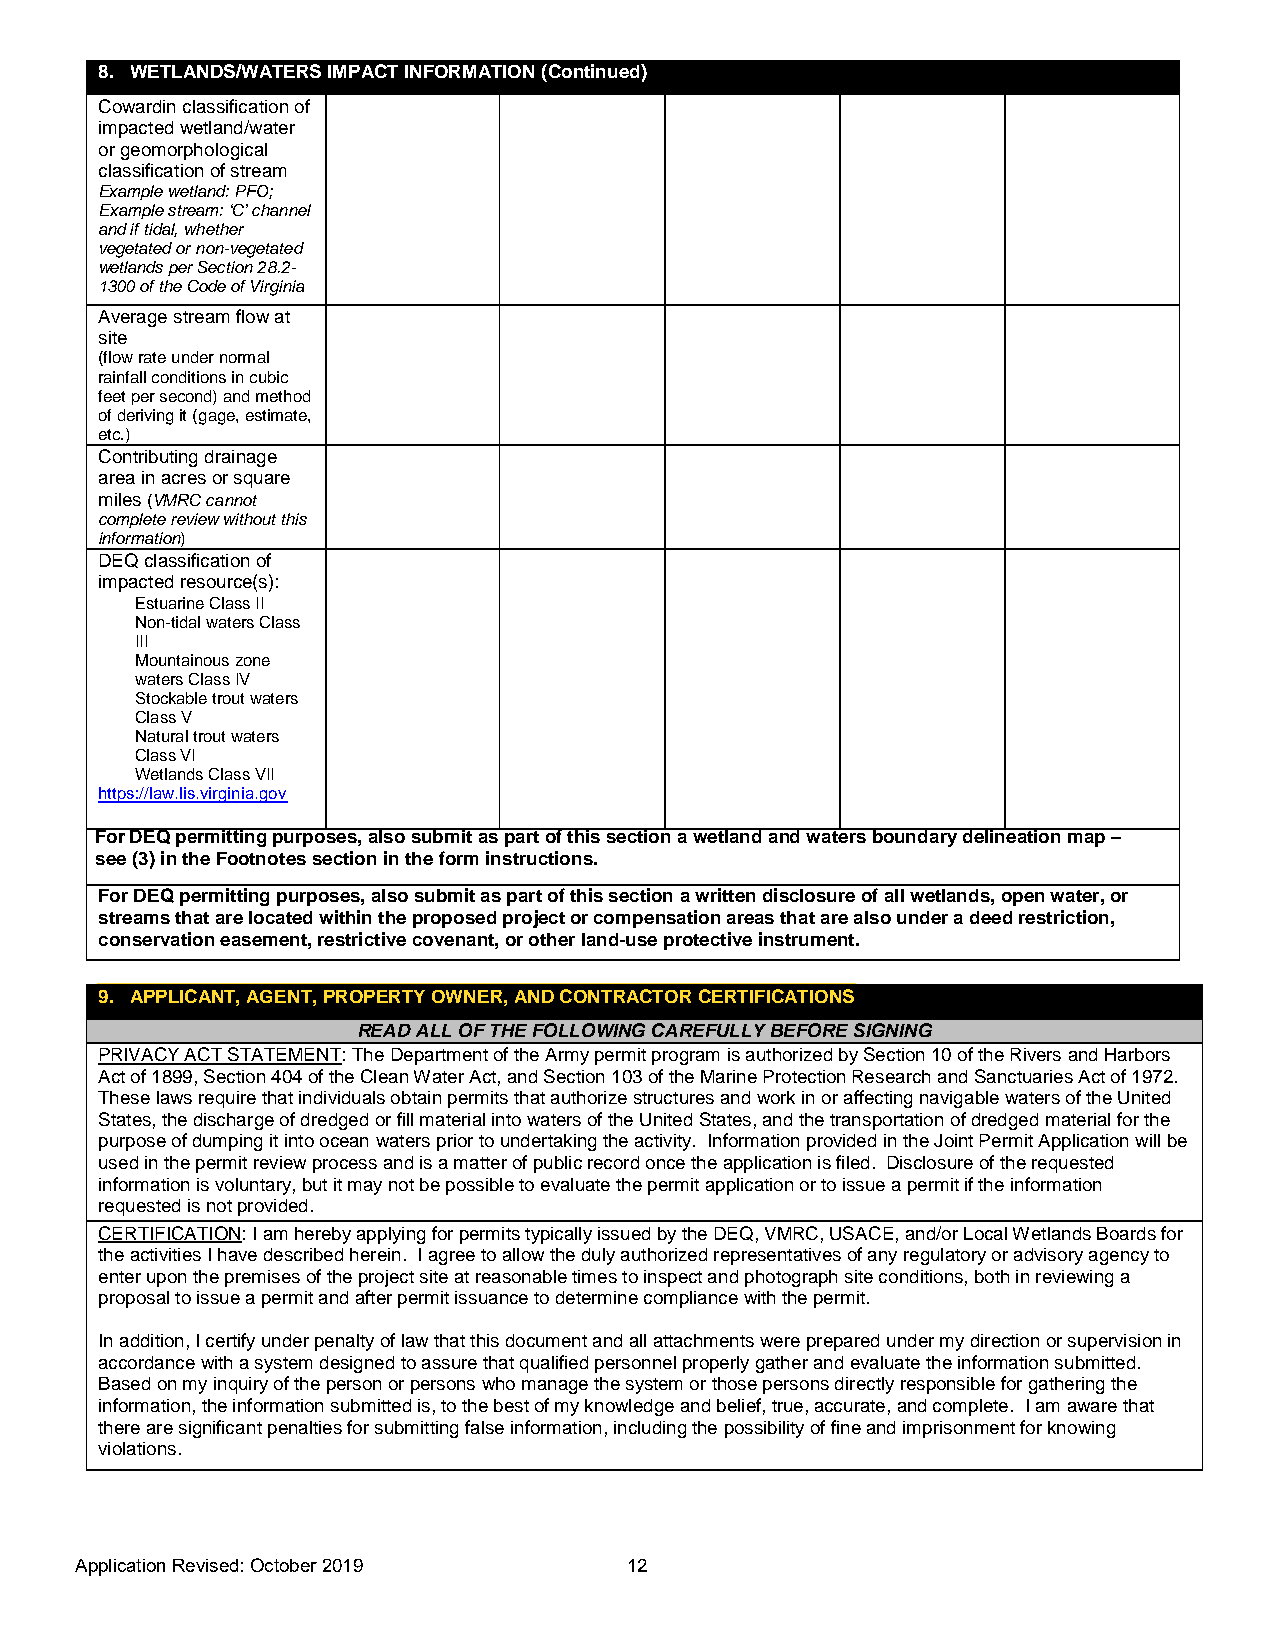
8. WETLANDS/WATERS IMPACT INFORMATION (Continued)
 Cowardin classification of
 impacted wetland/water
 or geomorphological
 classification of stream
 Example wetland: PFO;
 Example stream: ‘C’ channel
 and if tidal, whether
 vegetated or non-vegetated
 wetlands per Section 28.2-
 1300 of the Code of Virginia
 Average stream flow at
 site
 (flow rate under normal
 rainfall conditions in cubic
 feet per second) and method
 of deriving it (gage, estimate,
 etc.)
 Contributing drainage
 area in acres or square
 miles (VMRC cannot
 complete review without this
 information)
 DEQ classification of
 impacted resource(s):
 Estuarine Class II
 Non-tidal waters Class
 III
 Mountainous zone
 waters Class IV
 Stockable trout waters
 Class V
 Natural trout waters
 Class VI
 Wetlands Class VII
 https://law.lis.virginia.gov
 For DEQ permitting purposes, also submit as part of this section a wetland and waters boundary delineation map –
 see (3) in the Footnotes section in the form instructions.
 For DEQ permitting purposes, also submit as part of this section a written disclosure of all wetlands, open water, or
 streams that are located within the proposed project or compensation areas that are also under a deed restriction,
 conservation easement, restrictive covenant, or other land-use protective instrument.
 9. APPLICANT, AGENT, PROPERTY OWNER, AND CONTRACTOR CERTIFICATIONS
 READ ALL OF THE FOLLOWING CAREFULLY BEFORE SIGNING
 PRIVACY ACT STATEMENT: The Department of the Army permit program is authorized by Section 10 of the Rivers and Harbors
 Act of 1899, Section 404 of the Clean Water Act, and Section 103 of the Marine Protection Research and Sanctuaries Act of 1972.
 These laws require that individuals obtain permits that authorize structures and work in or affecting navigable waters of the United
 States, the discharge of dredged or fill material into waters of the United States, and the transportation of dredged material for the
 purpose of dumping it into ocean waters prior to undertaking the activity. Information provided in the Joint Permit Application will be
 used in the permit review process and is a matter of public record once the application is filed. Disclosure of the requested
 information is voluntary, but it may not be possible to evaluate the permit application or to issue a permit if the information
 requested is not provided.
 CERTIFICATION: I am hereby applying for permits typically issued by the DEQ, VMRC, USACE, and/or Local Wetlands Boards for
 the activities I have described herein. I agree to allow the duly authorized representatives of any regulatory or advisory agency to
 enter upon the premises of the project site at reasonable times to inspect and photograph site conditions, both in reviewing a
 proposal to issue a permit and after permit issuance to determine compliance with the permit.
 In addition, I certify under penalty of law that this document and all attachments were prepared under my direction or supervision in
 accordance with a system designed to assure that qualified personnel properly gather and evaluate the information submitted.
 Based on my inquiry of the person or persons who manage the system or those persons directly responsible for gathering the
 information, the information submitted is, to the best of my knowledge and belief, true, accurate, and complete. I am aware that
 there are significant penalties for submitting false information, including the possibility of fine and imprisonment for knowing
 violations.
 Application Revised: October 20 19   12